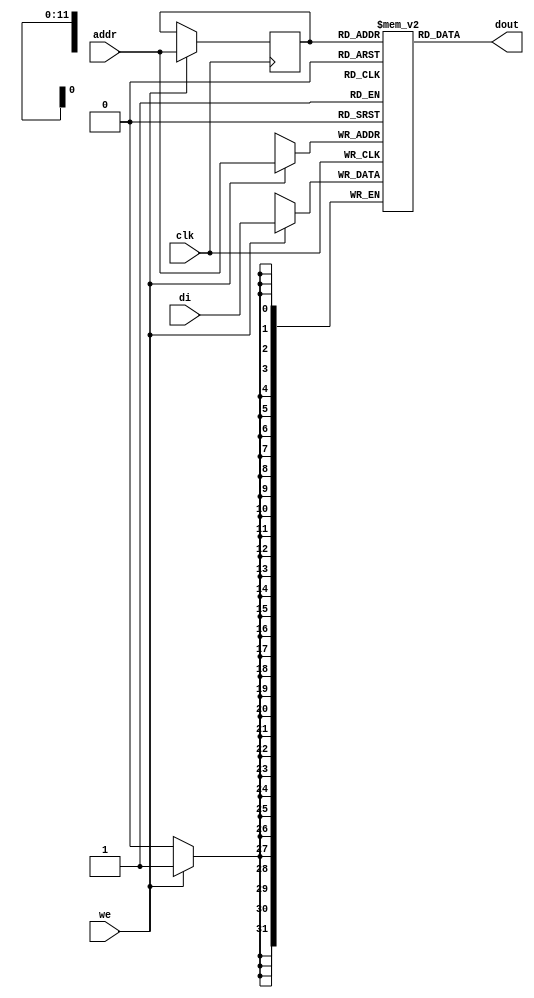

module rams_sp_reg_addr_4096x32 (clk, we, addr, di, dout);
input clk;
input we;
input [11:0] addr;
input [31:0] di;
output [31:0] dout;

reg [11:0] addr_reg=0;
reg [31:0] RAM [4095:0];
// reg [31:0] dout;

always @(posedge clk)
    begin
        if (we)
        begin
            RAM[addr] <= di;
            addr_reg <= addr;
        end
    end


assign dout = RAM[addr_reg]; // read with registered addr
endmodule